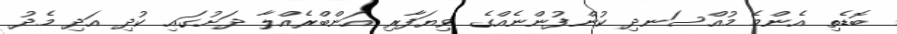
ބޮޑެތި އެންމެ މުއްސަނދި ކުންފުންނެއްގެ ވިޔަފާރި އަންބްރެއްލާ ދަށުގައި ކުދި އަދި މެދު